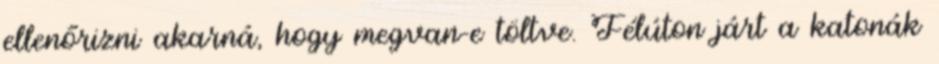
ellenőrizni akarná, hogy megvan-e töltve. Félúton járt a katonák